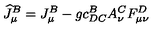
\widehat { J } _ { \mu } ^ { B } = J _ { \mu } ^ { B } - g c _ { D C } ^ { B } A _ { \nu } ^ { C } F _ { \mu \nu } ^ { D }